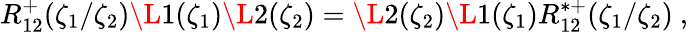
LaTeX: R_{12}^{+}(\zeta_{1}/\zeta_{2})\L{1}(\zeta_{1})\L{2}(\zeta_{2})=\L{2}(\zeta_{2})\L{1}(\zeta_{1})R_{12}^{*+}(\zeta_{1}/\zeta_{2})~,